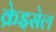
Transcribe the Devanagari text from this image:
क्रेइसेल